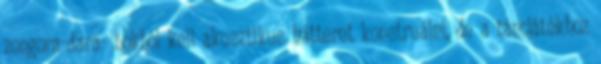
zongora-dara- bokból kell akusztikus hátteret konstruálni, de a táncjátékhoz